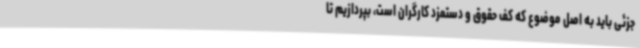
جزئی باید به اصل موضوع که کف حقوق و دستمزد کارگران است، بپردازیم تا